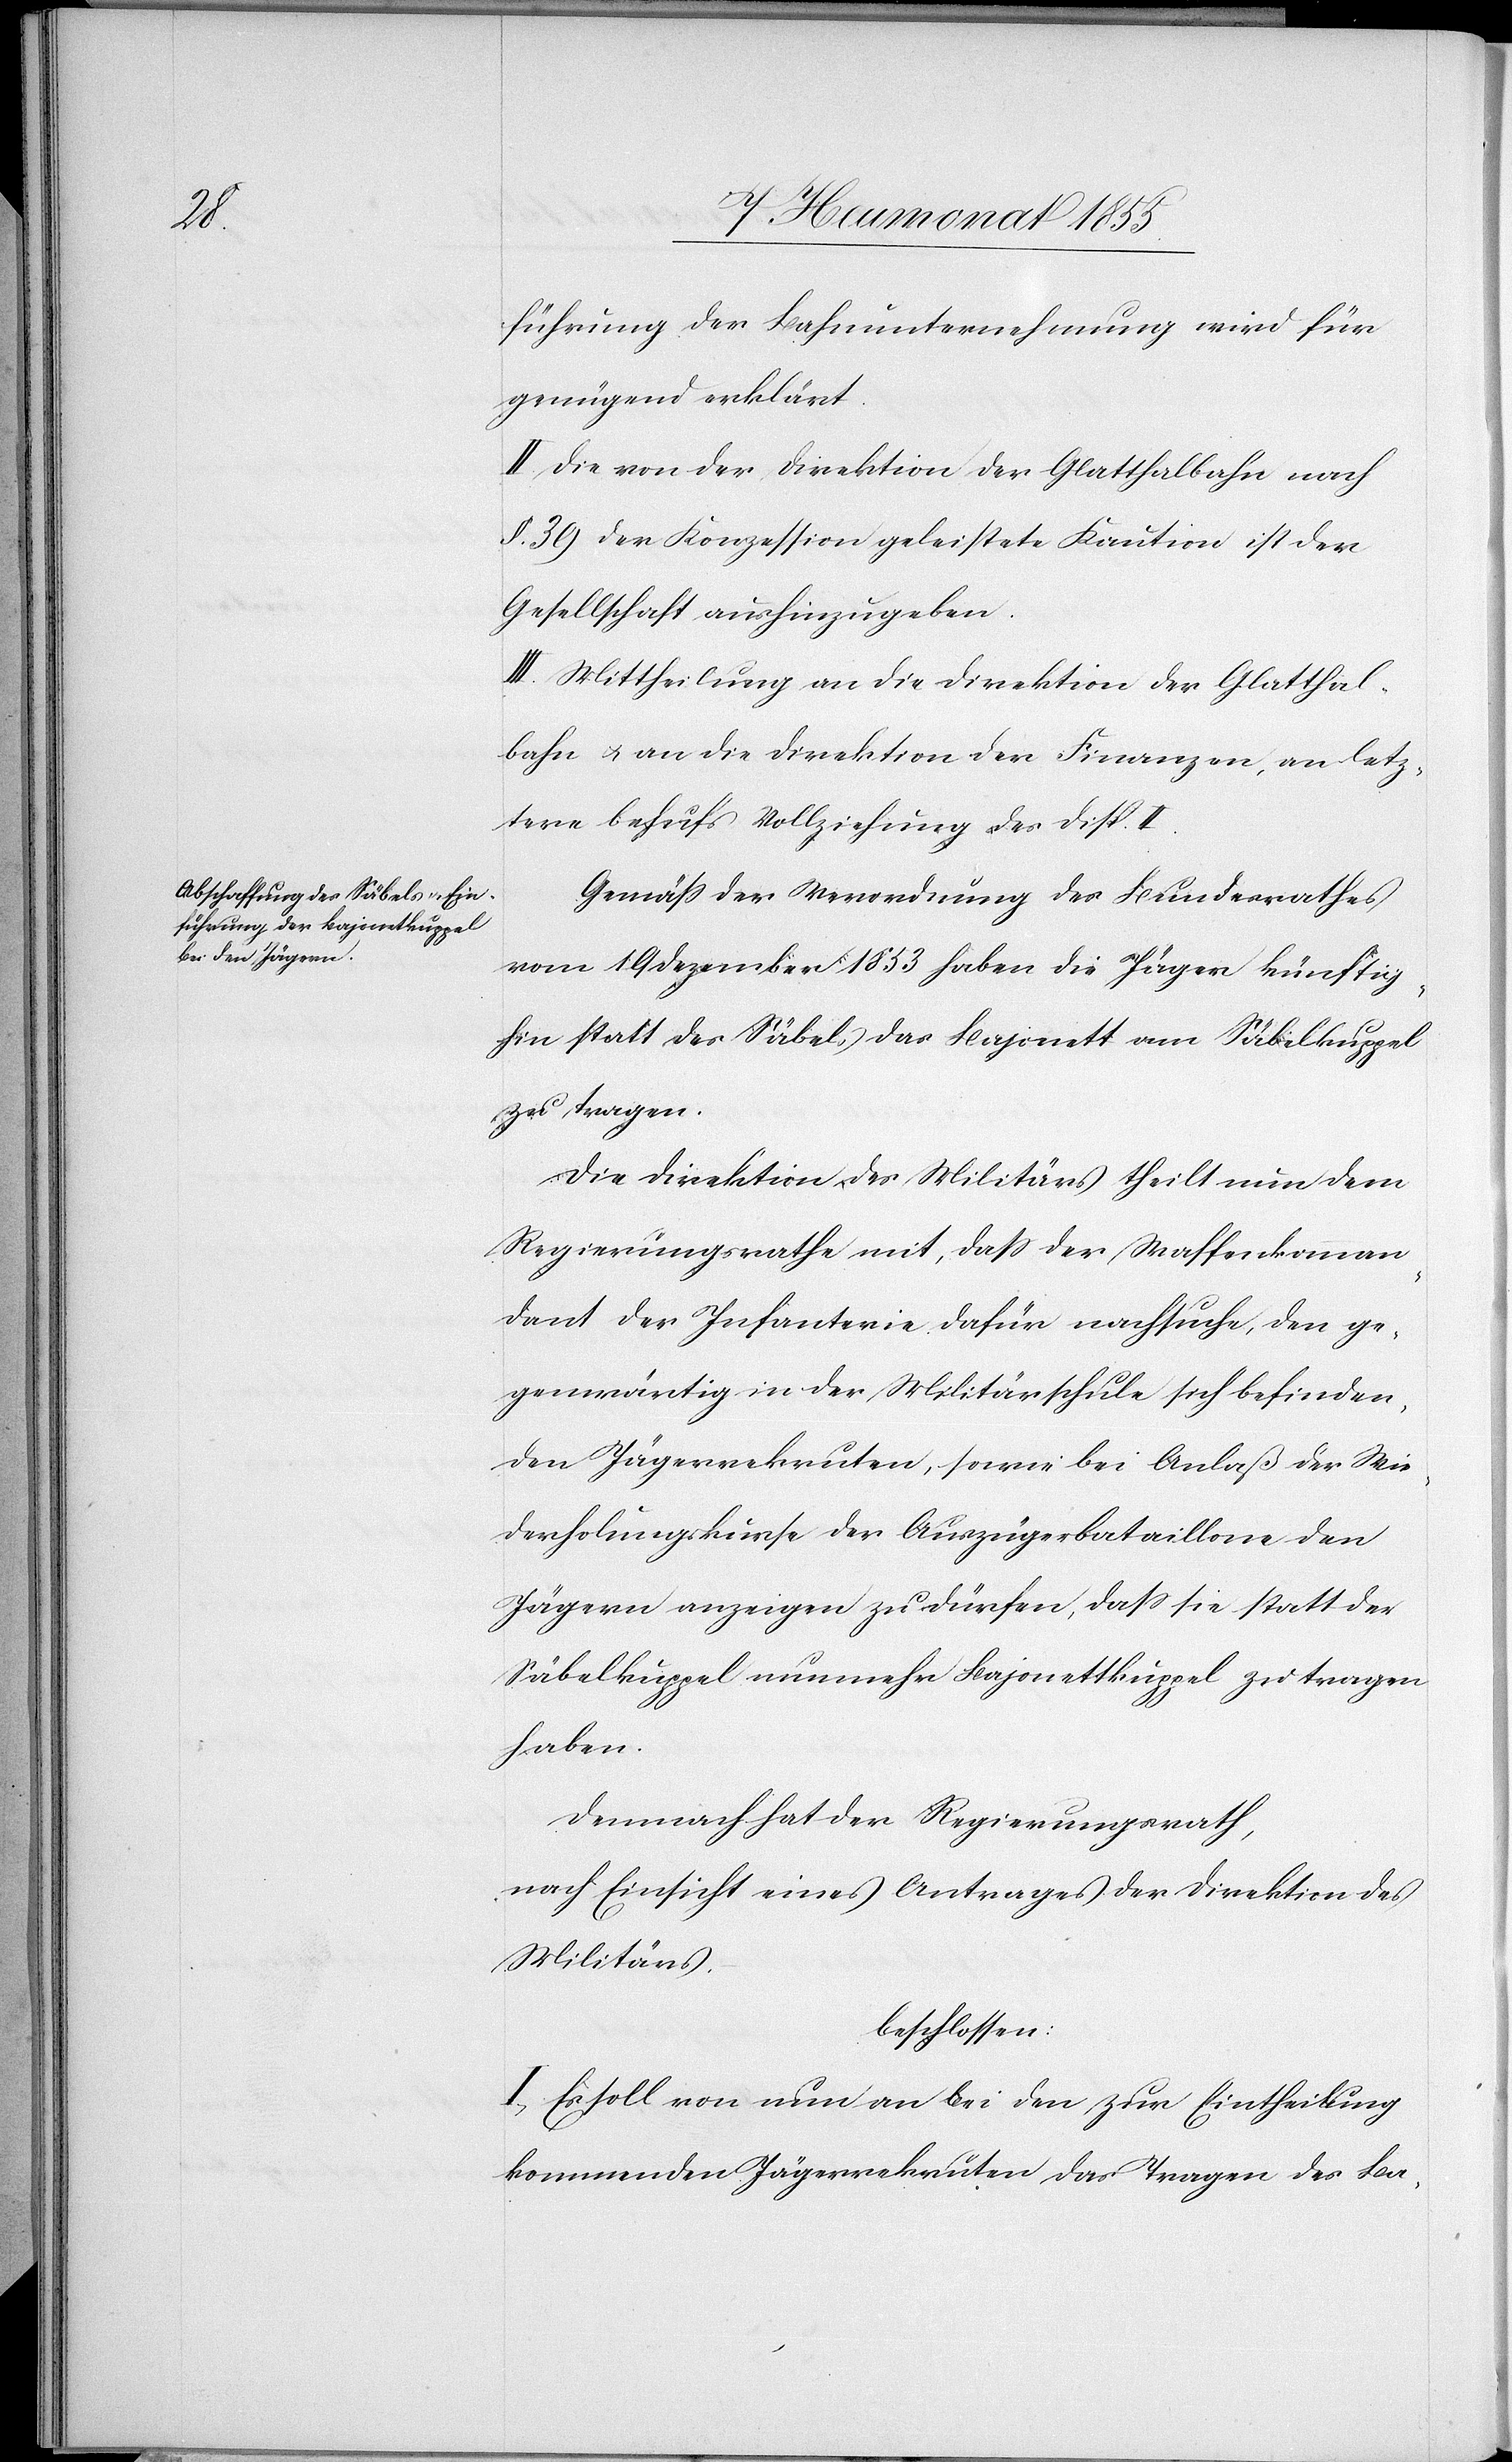
führung der Bahnunternehmung wird für
genügend erklärt.
II. Die von der Direktion der Glatthalbahn nach
§. 39 der Konzession geleistete Kaution ist der
Gesellschaft aushinzugeben.
III. Mittheilung an die Direktion der Glatthal¬
bahn & an die Direktion der Finanzen, an letz¬
tere behufs Vollziehung des Disp. II.
Gemäss der Verordnung des Bundesrathes
vom 19 Dezember 1853 haben die Jäger künftig¬
hin statt des Säbels das Bajonett am Säbelkuppel
zu tragen.
Die Direktion des Militärs theilt nun dem
Regierungsrathe mit, dass der Waffenkomman¬
dant der Infanterie dafür nachsuche, den ge¬
genwärtig in der Militärschule sich befinden¬
den Jägerrekruten, sowie bei Anlaß der Wie¬
derholungskurse der Auszügerbataillone den
Jägern anzeigen zu dürfen, dass sie statt der
Säbelkuppen nunmehr Bajonettkuppel zu tragen
haben.
Demnach hat der Regierungsrath,
nach Einsicht eines Antrages der Direktion des
Militärs,
beschlossen:
I, Es soll von nun an bei den zur Eintheilung
kommenden Jägerrekruten das Tragen des Ba-